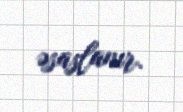
əsaslanır.